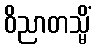
ဝိညာတသ္မိံ